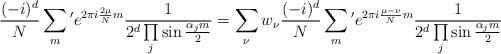
LaTeX: \begin{align*}{(-i)^d\over N} \sum_m{}^\prime e^{2\pi i{2\mu\over N} m} {1\over 2^d\prod\limits_j\sin{\alpha_j m\over 2}}=\sum_\nu w_\nu {(-i)^d\over N} \sum_m{}^\prime e^{2\pi i{\mu-\nu\over N} m}{1\over 2^d\prod\limits_j\sin{\alpha_j m\over 2}}\end{align*}